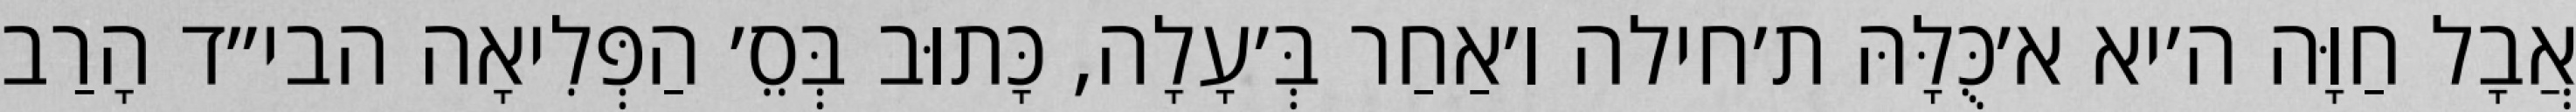
אֲבָל חַוָּה ה׳יא א׳כֻּלָּהּ ת׳חילה ו׳אַחַר בְּ׳עָלָה, כָּתוּב בְּסֵ׳ הַפְּלִיאָה הבי״ד הָרַב